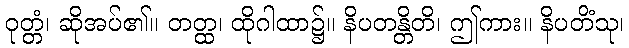
ဝုတ္တံ၊ ဆိုအပ်၏။ တတ္ထ၊ ထိုဂါထာ၌။ နိပတန္တိတိ၊ ဤကား။ နိပတိံသု၊